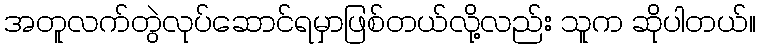
အတူလက်တွဲလုပ်ဆောင်ရမှာဖြစ်တယ်လို့လည်း သူက ဆိုပါတယ်။